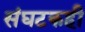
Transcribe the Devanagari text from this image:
संघटकही